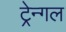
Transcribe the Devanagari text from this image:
ट्रेन्गल